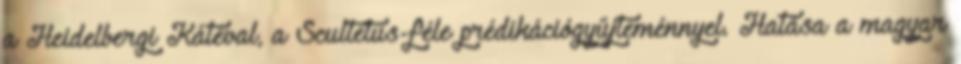
a Heidelbergi Kátéval, a Scultetus-féle prédikációgyűjteménnyel. Hatása a magyar